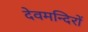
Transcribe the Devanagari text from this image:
देवमन्दिरों